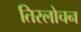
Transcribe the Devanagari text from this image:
तिरलोचन